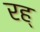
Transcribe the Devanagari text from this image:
रह्